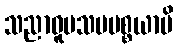
သညာဝူပသမပစ္စယာပိ